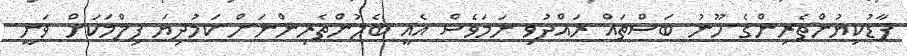
ފާޑުކިޔުންތެރިންގެ ހޫނު ބަސްތައް ރައްދުވި ނަމަވެސް އެއީ ބެލުންތެރިންނަށް ކަމުދިޔަ ފިލްމަކަށް ވަނީ